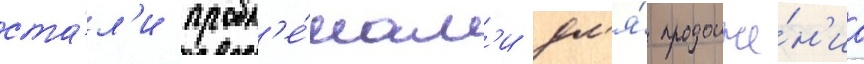
ста́л'и пробл'е́мам'и дл'я́ продолже́н'иа